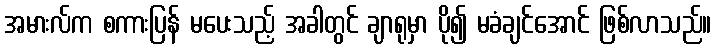
အမားလ်က စကားပြန် မပေးသည့် အခါတွင် ချာရုမှာ ပို၍ မခံချင်အောင် ဖြစ်လာသည်။